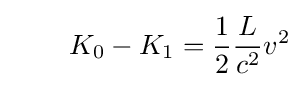
\quad \quad K_{0}-K_{1}={\frac {1}{2}}{\frac {L}{c^{2}}}v^{2}